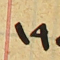
١٩٥